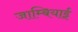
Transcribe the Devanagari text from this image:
जाम्बियाई